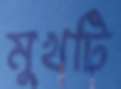
মুখটি